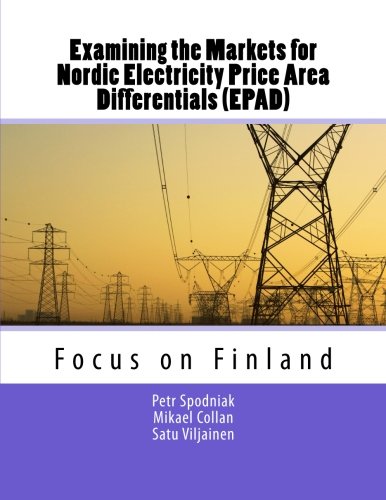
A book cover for Examining the Markets for Nordic Electricity Price Area Differentials (EPAD): Focus on Finland (LUT Scientific and Expertise Publications); Petr Spodniak; Business & Money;